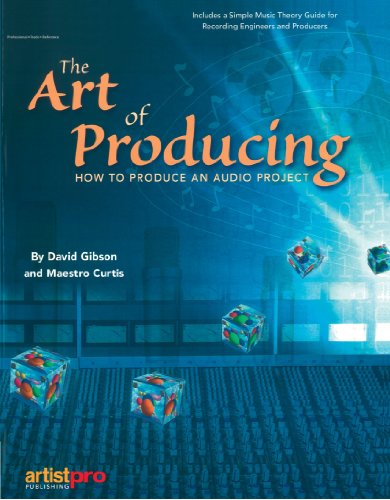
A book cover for The Art of Producing; David Gibson; Computers & Technology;